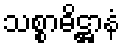
သစ္စာဓိဋ္ဌာနံ